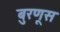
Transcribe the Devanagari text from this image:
बुरणूस